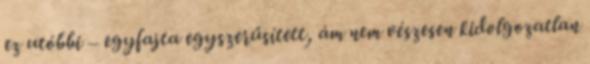
ez utóbbi – egyfajta egyszerűsített, ám nem vészesen kidolgozatlan